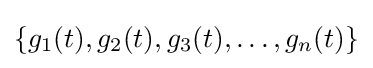
\{g_{1}(t),g_{2}(t),g_{3}(t),\dots ,g_{n}(t)\}